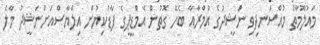
މައުލޫމާތު މުއްސަނދިވި ނަޝީދުގެ އުމްރާއާ ބެހޭ ގޮތުން އެމްޑީޕީގެ ފާޑުކިޔުން އިލްޔާސްއަށްނަޝީދު މާލެ